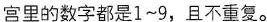
宫里的数字都是1~9，且不重复。